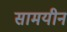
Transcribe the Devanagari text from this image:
सामयीन